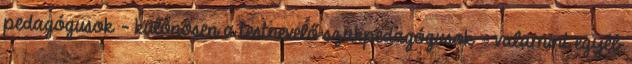
pedagógusok - különösen a testnevelő szakpedagógusok - valamint egyéb